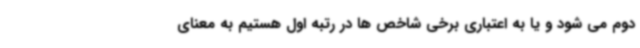
دوم می شود و یا به اعتباری برخی شاخص ها در رتبه اول هستیم به معنای